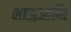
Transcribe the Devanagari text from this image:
भाऊआणि